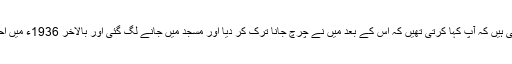
یہ لجنہ صدر لکھتی ہیں کہ آپ کہا کرتی تھیں کہ اس کے بعد میں نے چرچ جانا ترک کر دیا اور مسجد میں جانے لگ گئی اور بالآخر 1936ء میں احمدیت قبول کر لی۔